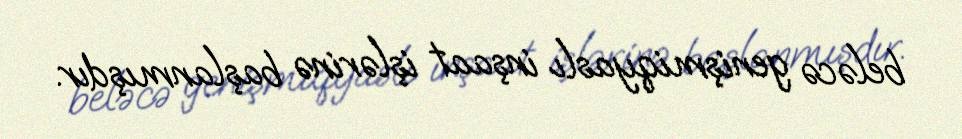
beləcə genişmiqyaslı inşaat işlərinə başlanmışdır.